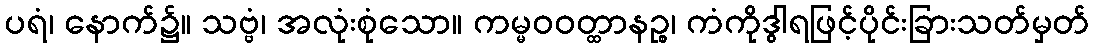
ပရံ၊ နောက်၌။ သဗ္ဗံ၊ အလုံးစုံသော။ ကမ္မဝဝတ္ထာနဉ္စ၊ ကံကိုဒွါရဖြင့်ပိုင်းခြားသတ်မှတ်